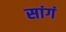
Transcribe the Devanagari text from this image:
सांगं